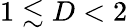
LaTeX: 1\lesssim D<2